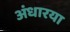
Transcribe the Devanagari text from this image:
अंधारया